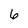
Character: 6